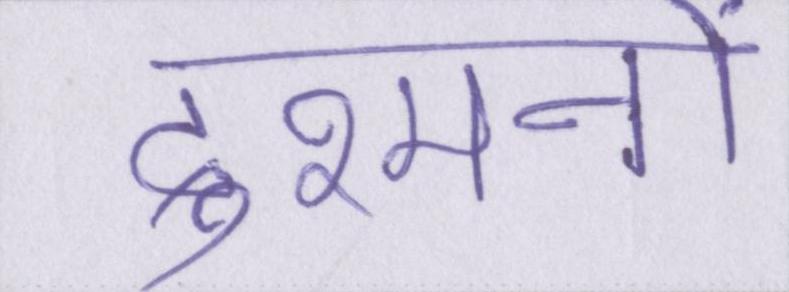
दुश्मनों